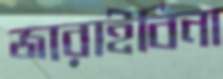
জারাইবিনা